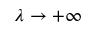
\lambda \to + \infty